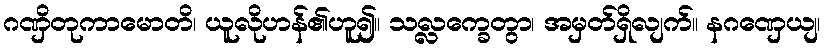
ဂဏှိတုကာမောတိ၊ ယူလိုဟန်၏ဟူ၍။ သလ္လက္ခေတွာ၊ အမှတ်ရှိလျက်။ နဂဏှေယျ၊